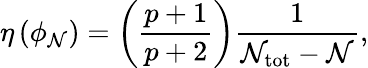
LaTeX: \eta\left(\phi_{\mathcal{N}}\right)=\left({\frac{{p+1}}{{p+2}}}\right){\frac{{1}}{{\mathcal{N}_{\mathrm{{tot}}}-\mathcal{N}}}},